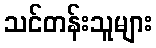
သင်တန်းသူများ